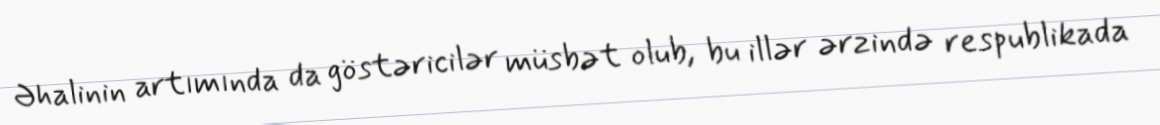
Əhalinin artımında da göstəricilər müsbət olub, bu illər ərzində respublikada